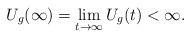
LaTeX: \begin{align*} {U}_g(\infty)=\lim_{t\to\infty}U_g(t)<\infty.\end{align*}